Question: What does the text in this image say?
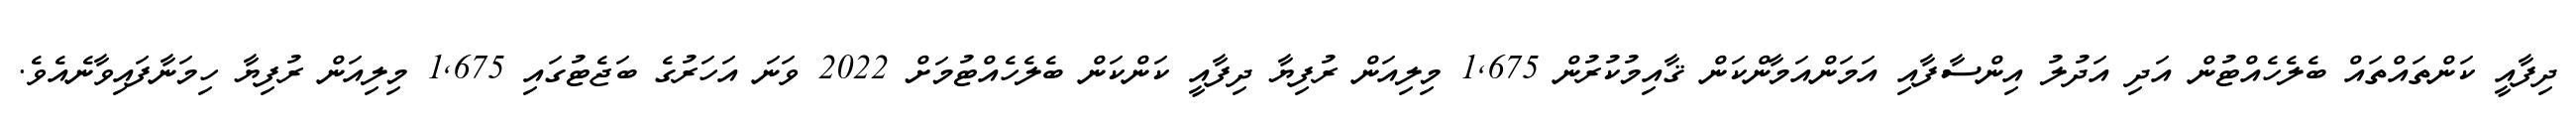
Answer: ދިފާއީ ކަންތައްތައް ބެލެހެއްޓުން އަދި އަދުލު އިންސާފާއި އަމަންއަމާންކަން ޤާއިމުކުރުން 1,675 މިލިއަން ރުފިޔާ ދިފާއީ ކަންކަން ބެލެހެއްޓުމަށް 2022 ވަނަ އަހަރުގެ ބަޖެޓުގައި 1,675 މިލިއަން ރުފިޔާ ހިމަނާފައިވާނެއެވެ.